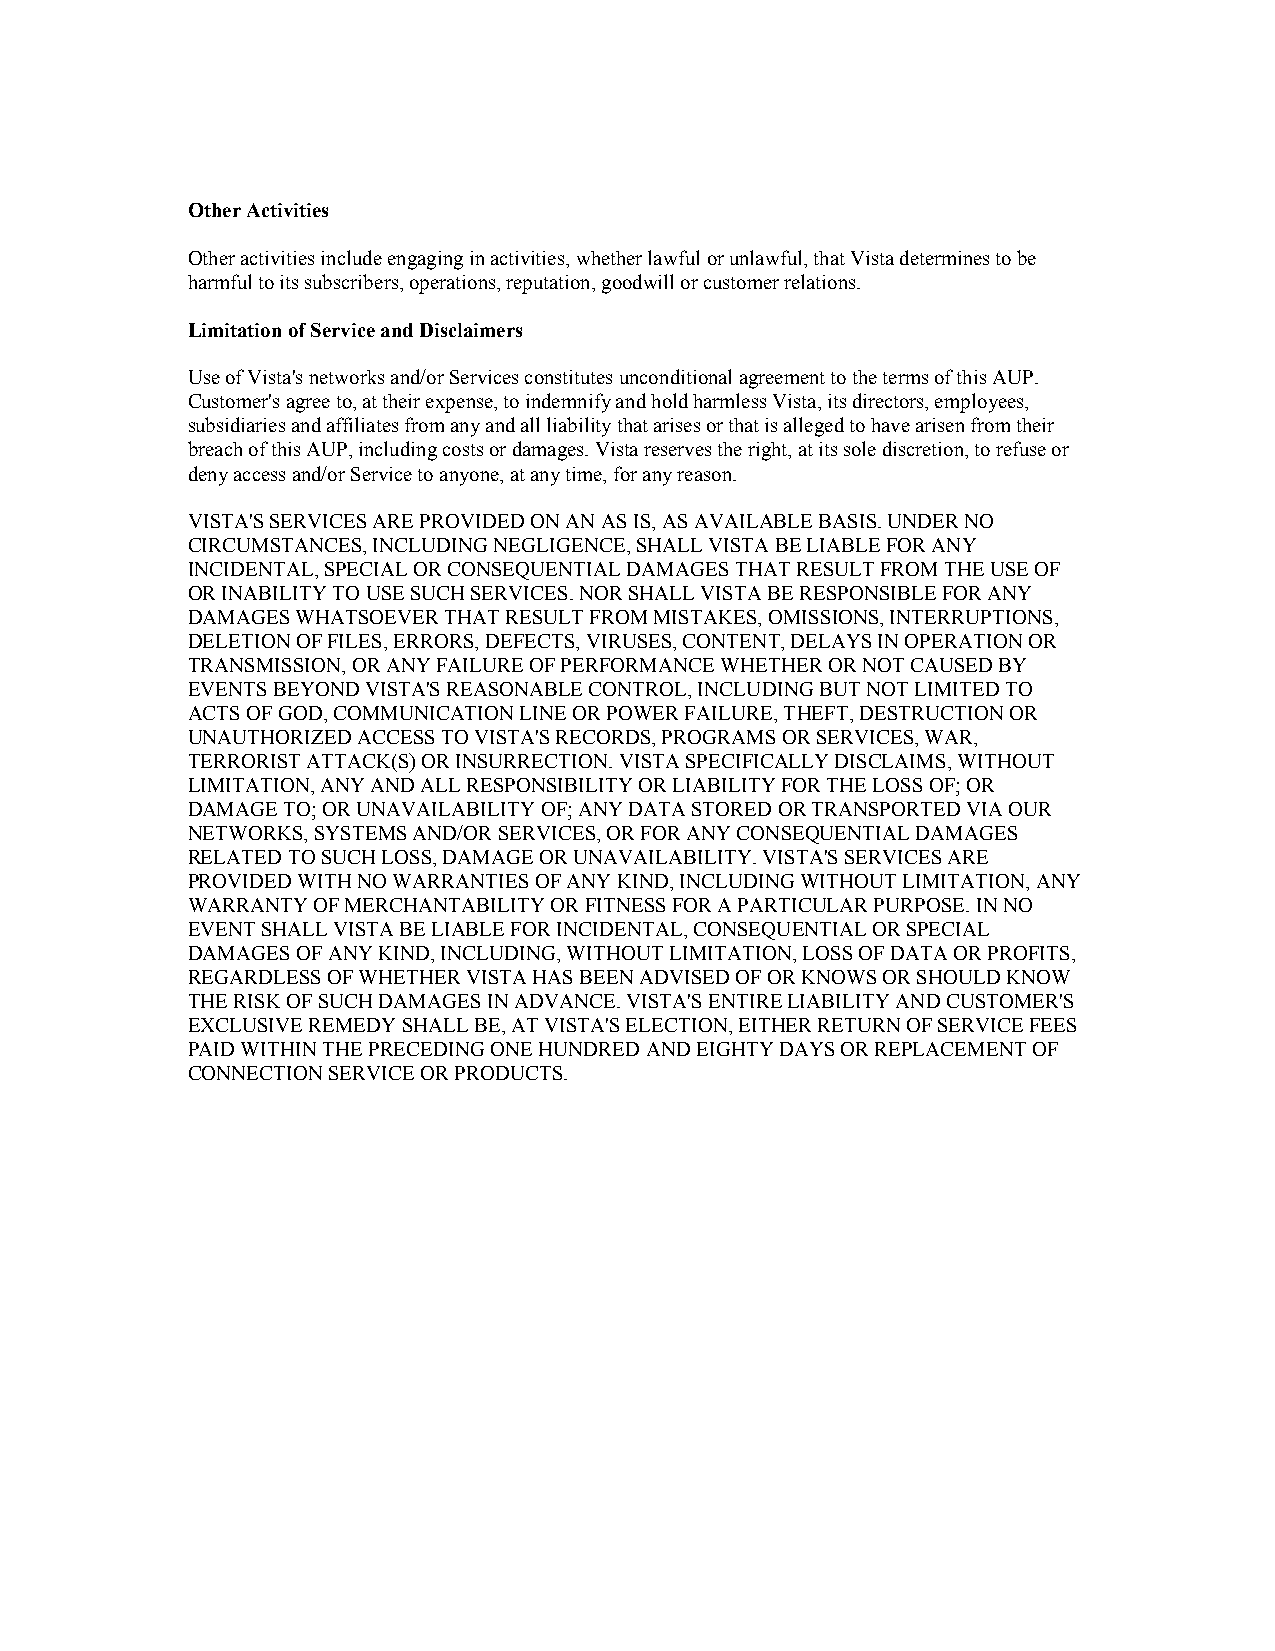
Other Activities
 Other activities include engaging in activities, whether lawful or unlawful, that Vista determines to be
 harmful to its subscribers, operations, reputation, goodwill or customer relations.
 Limitation of Service and Disclaimers
 Use of Vista's networks and/or Services constitutes unconditional agreement to the terms of this AUP.
 Customer's agree to, at their expense, to indemnify and hold harmless Vista, its directors, employees,
 subsidiaries and affiliates from any and all liability that arises or that is alleged to have arisen from their
 breach of this AUP, including costs or damages. Vista reserves the right, at its sole discretion, to refuse or
 deny access and/or Service to anyone, at any time, for any reason.
 VISTA'S SERVICES ARE PROVIDED ON AN AS IS, AS AVAILABLE BASIS. UNDER NO
 CIRCUMSTANCES, INCLUDING NEGLIGENCE, SHALL VISTA BE LIABLE FOR ANY
 INCIDENTAL, SPECIAL OR CONSEQUENTIAL DAMAGES THAT RESULT FROM THE USE OF
 OR INABILITY TO USE SUCH SERVICES. NOR SHALL VISTA BE RESPONSIBLE FOR ANY
 DAMAGES WHATSOEVER THAT RESULT FROM MISTAKES, OMISSIONS, INTERRUPTIONS,
 DELETION OF FILES, ERRORS, DEFECTS, VIRUSES, CONTENT, DELAYS IN OPERATION OR
 TRANSMISSION, OR ANY FAILURE OF PERFORMANCE WHETHER OR NOT CAUSED BY
 EVENTS BEYOND VISTA'S REASONABLE CONTROL, INCLUDING BUT NOT LIMITED TO
 ACTS OF GOD, COMMUNICATION LINE OR POWER FAILURE, THEFT, DESTRUCTION OR
 UNAUTHORIZED ACCESS TO VISTA'S RECORDS, PROGRAMS OR SERVICES, WAR,
 TERRORIST ATTACK(S) OR INSURRECTION. VISTA SPECIFICALLY DISCLAIMS, WITHOUT
 LIMITATION, ANY AND ALL RESPONSIBILITY OR LIABILITY FOR THE LOSS OF; OR
 DAMAGE TO; OR UNAVAILABILITY OF; ANY DATA STORED OR TRANSPORTED VIA OUR
 NETWORKS, SYSTEMS AND/OR SERVICES, OR FOR ANY CONSEQUENTIAL DAMAGES
 RELATED TO SUCH LOSS, DAMAGE OR UNAVAILABILITY. VISTA'S SERVICES ARE
 PROVIDED WITH NO WARRANTIES OF ANY KIND, INCLUDING WITHOUT LIMITATION, ANY
 WARRANTY OF MERCHANTABILITY OR FITNESS FOR A PARTICULAR PURPOSE. IN NO
 EVENT SHALL VISTA BE LIABLE FOR INCIDENTAL, CONSEQUENTIAL OR SPECIAL
 DAMAGES OF ANY KIND, INCLUDING, WITHOUT LIMITATION, LOSS OF DATA OR PROFITS,
 REGARDLESS OF WHETHER VISTA HAS BEEN ADVISED OF OR KNOWS OR SHOULD KNOW
 THE RISK OF SUCH DAMAGES IN ADVANCE. VISTA'S ENTIRE LIABILITY AND CUSTOMER'S
 EXCLUSIVE REMEDY SHALL BE, AT VISTA'S ELECTION, EITHER RETURN OF SERVICE FEES
 PAID WITHIN THE PRECEDING ONE HUNDRED AND EIGHTY DAYS OR REPLACEMENT OF
 CONNECTION SERVICE OR PRODUCTS.